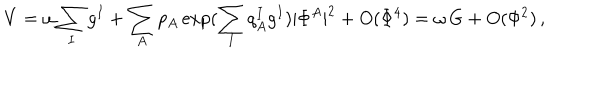
LaTeX: V = \omega \sum _ { I } g ^ { I } + \sum _ { A } p _ { A } \exp ( \sum _ { I } q _ { A } ^ { I } g ^ { I } ) | \Phi ^ { A } | ^ { 2 } + O ( \Phi ^ { 4 } ) = \omega \, G + O ( \Phi ^ { 2 } ) \, ,